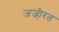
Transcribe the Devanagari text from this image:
जजी़रत